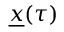
\underline { { x } } ( \tau )